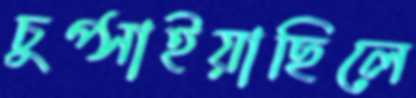
চুপ্‌সাইয়াছিলে